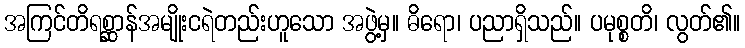
အကြင်တိရစ္ဆာန်အမျိုးငရဲတည်းဟူသော အဖွဲ့မှ။ ဓိရော၊ ပညာရှိသည်။ ပမုစ္စတိ၊ လွတ်၏။